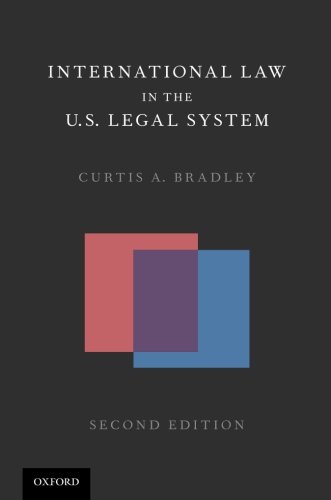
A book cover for International Law in the U.S. Legal System; Curtis A. Bradley; Law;